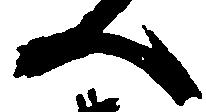
へ